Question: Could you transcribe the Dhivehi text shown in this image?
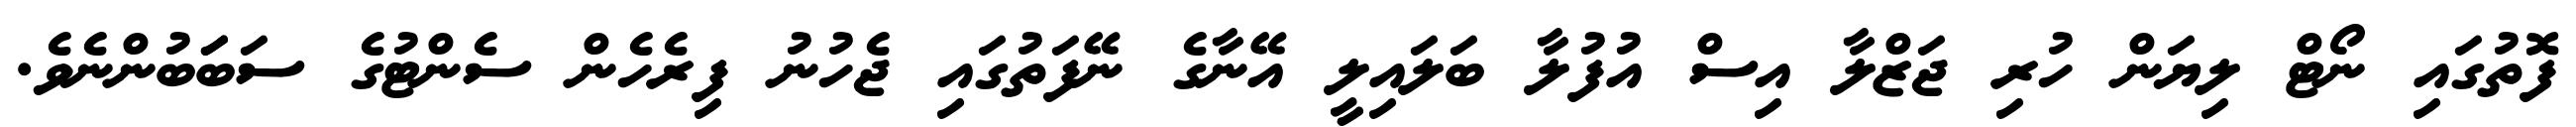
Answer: ފޮތުގައި ނޯޓް ލިޔަން ހުރި ޖަޒްލާ އިސް އުފުލާ ބަލައިލީ އޭނާގެ ނޭފަތުގައި ޖެހުނު ފިރެހެން ސެންޓުގެ ސަބަަބުންނެވެ.